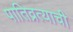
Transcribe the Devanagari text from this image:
पातिव्रत्याची